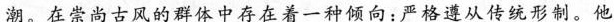
潮。在崇尚古风的群体中存在着一种倾向：严格遵从传统形制。他